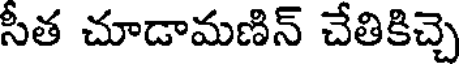
సీత చూడామణిన్ చేతికిచ్చె